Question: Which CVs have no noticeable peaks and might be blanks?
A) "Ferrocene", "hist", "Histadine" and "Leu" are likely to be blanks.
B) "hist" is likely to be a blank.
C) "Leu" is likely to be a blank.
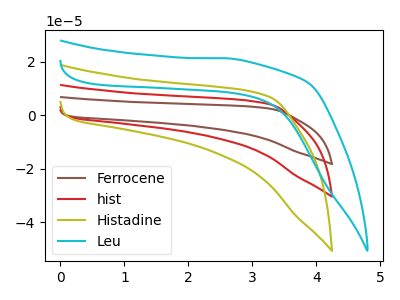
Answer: <think>The brown curve "Ferrocene" has no peaks. The red curve "hist" has no peaks. The olive curve "Histadine" has no peaks. The cyan curve "Leu" has no peaks.</think>
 <answer>A) "Ferrocene", "hist", "Histadine" and "Leu" are likely to be blanks.</answer>
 <eval>A</eval>